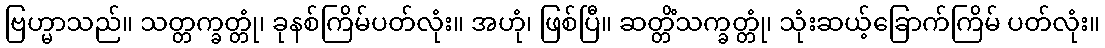
ဗြဟ္မာသည်။ သတ္တက္ခတ္တုံ၊ ခုနစ်ကြိမ်ပတ်လုံး။ အဟုံ၊ ဖြစ်ပြီ။ ဆတ္တိံသက္ခတ္တုံ၊ သုံးဆယ့်ခြောက်ကြိမ် ပတ်လုံး။